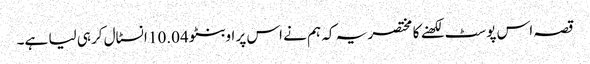
قصہ اس پوسٹ لکھنے کا مختصر یہ کہ ہم نے اس پر اوبنٹو 10.04 انسٹال کرہی لیا ہے۔